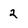
Character: 2